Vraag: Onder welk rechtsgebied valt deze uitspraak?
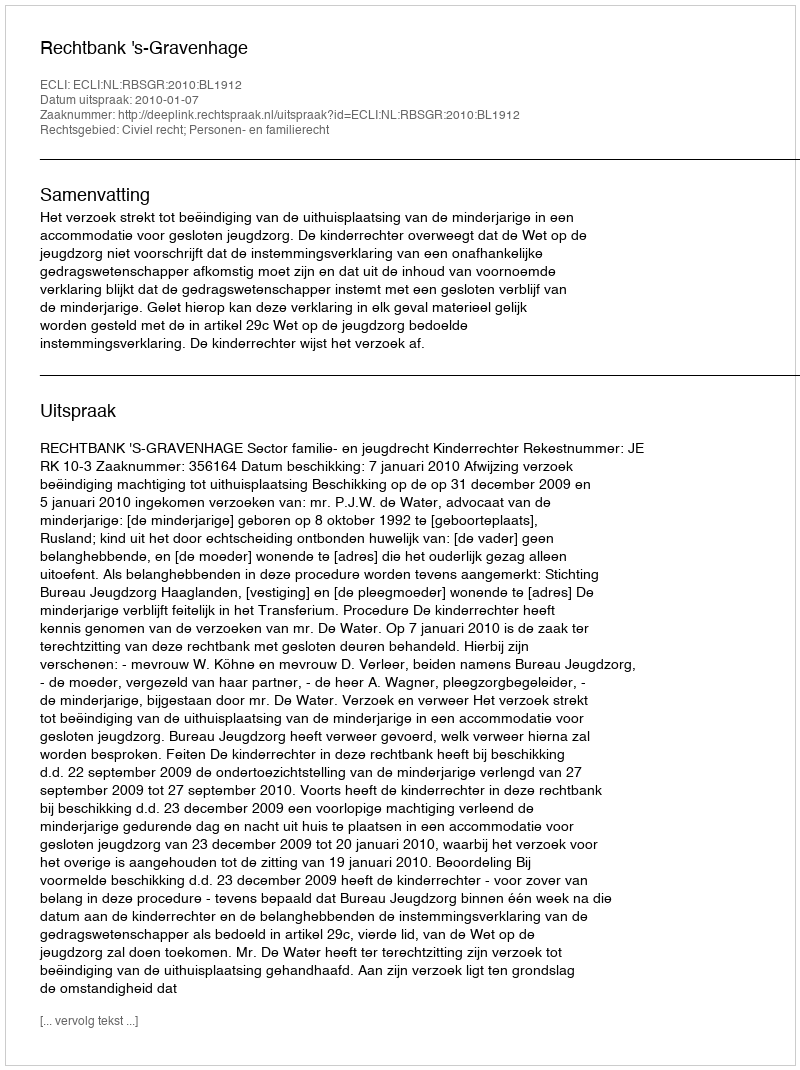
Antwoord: Civiel recht; Personen- en familierecht